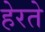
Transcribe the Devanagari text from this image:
हेरते